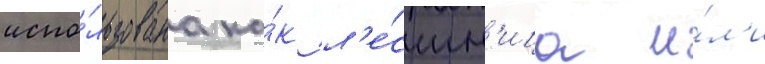
испо́льзована ка́к л'е́стн'ица и́л'и